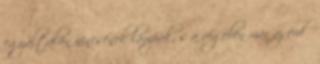
egyáltalán nincsenek lámpák, s a végében már az erdő